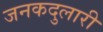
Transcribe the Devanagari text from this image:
जनकदुलारी